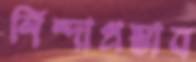
নিন্দাপ্রস্তাব